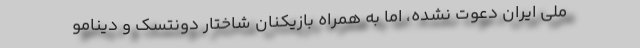
ملی ایران دعوت نشده، اما به همراه بازیکنان شاختار دونتسک و دینامو